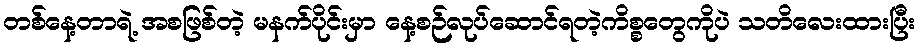
တစ်နေ့တာရဲ့ အစဖြစ်တဲ့ မနက်ပိုင်းမှာ နေ့စဉ်လုပ်ဆောင်ရတဲ့ကိစ္စတွေကိုပဲ သတိလေးထားပြီး